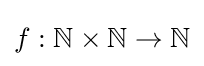
f:\mathbb {N} \times \mathbb {N} \to \mathbb {N}